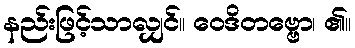
နည်းဖြင့်သာလျှင်။ ဝေဒိတဗ္ဗော၊ ၏။